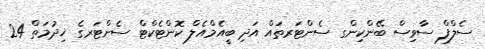
ސެލްފް ސާވިސް ބޭންކިންގ ސެންޓަރތައް އަދި ބީއެމްއެލް ކޮންޓެކްޓް ސެންޓަރގެ ޚިދުމަތް 24